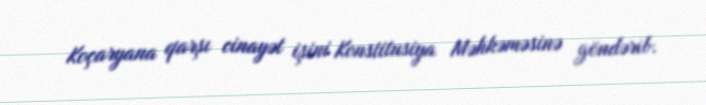
Koçaryana qarşı cinayət işini Konstitusiya Məhkəməsinə göndərib.